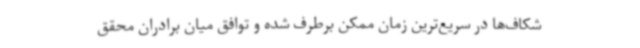
شکاف‌ها در سریع‌ترین زمان ممکن برطرف شده و توافق میان برادران محقق